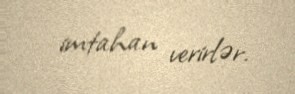
imtahan verirlər.